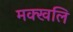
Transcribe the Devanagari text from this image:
मक्खलि